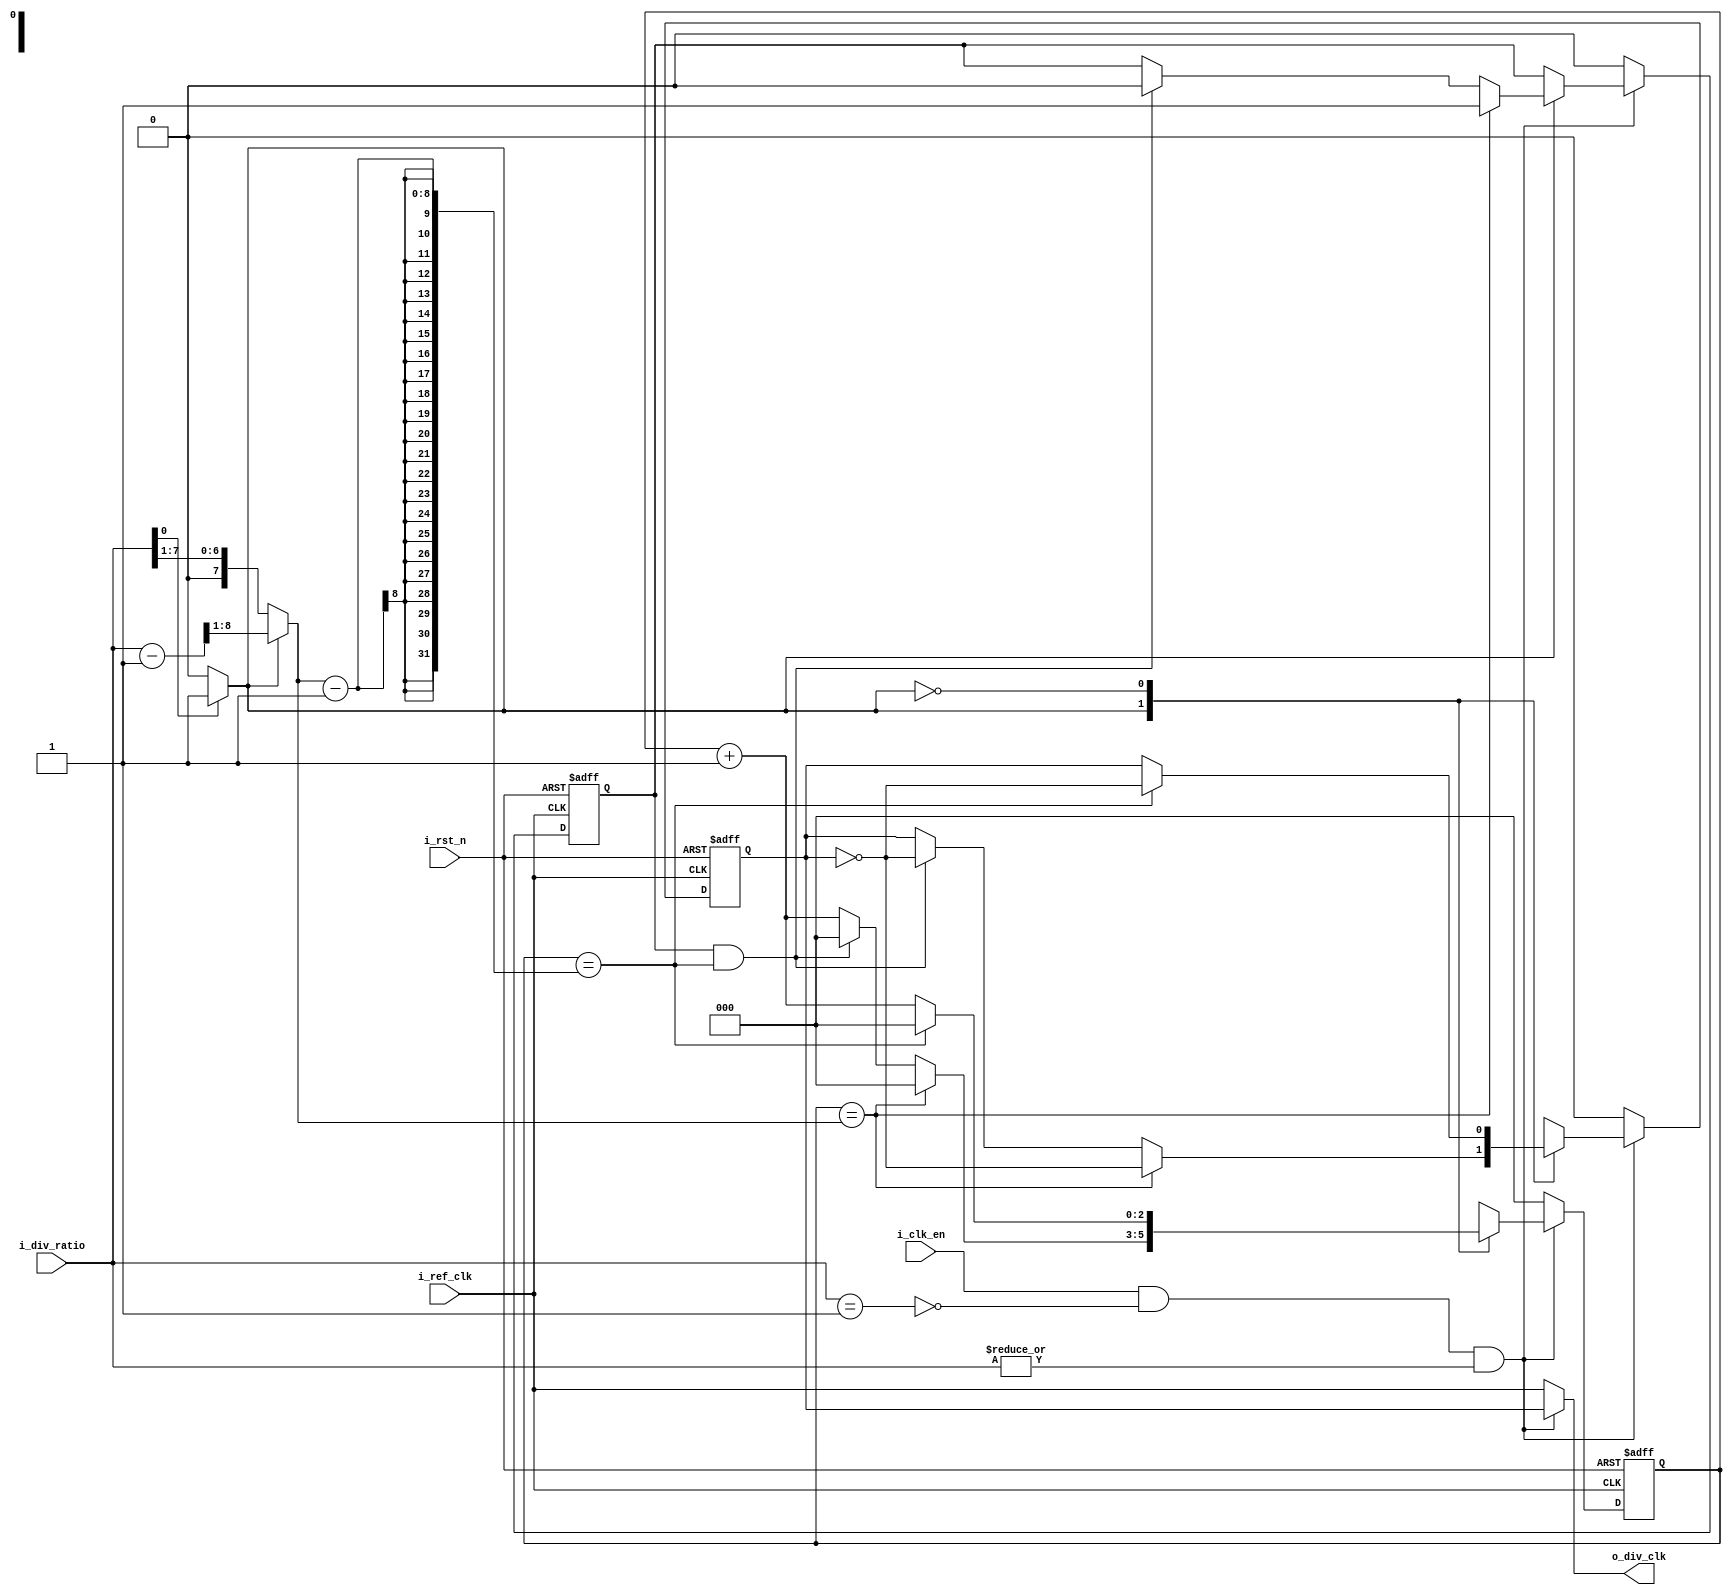
`timescale 1ns / 1ps
//////////////////////////////////////////////////////////////////////////////////
// Company: 
// Engineer: 
// 
// Design Name: 
// Module Name: clock_divider
// Project Name: 
// Target Devices: 
// Tool Versions: 
// Description: 
// 
// Dependencies: 
// 
// Revision:
// Revision 0.01 - File Created
// Additional Comments:
// 
//////////////////////////////////////////////////////////////////////////////////


module ClkDiv#(parameter div_bits=8)(
input   i_ref_clk,
input   i_rst_n,
input   i_clk_en,
input  [div_bits-1:0] i_div_ratio,
output       o_div_clk
    );
    
 reg [2:0] counter=3'b000;
 reg flag;  //used in odd division to indicate the end of low clk period
 wire [div_bits-1:0] temp;
 wire state;
 wire is_one,is_zero,clk_en;
 reg div_clk;

 
 always@(posedge i_ref_clk or negedge i_rst_n)
 begin
    if(!i_rst_n)
    begin
        div_clk<=0;
        counter<=0;
        flag<=0;
    end
    else
    begin
            if(clk_en)
            begin
            case(state)
            1'b1: begin         //odd divider state
                        if(counter==temp)
                        begin
                        div_clk<=~div_clk;
                        counter<=3'b000;
                        flag<=1;
                        end
                        else if(flag && (counter==temp-1))
                        begin
                        div_clk<=~div_clk;
                        counter<=0;
                        flag<=0;
                        end
                        else
                        begin
                        div_clk<=div_clk;
                        counter<=counter+1;
                        flag<=flag;
                        end
                     end
             1'b0:begin         //even divider state
                         if(counter==temp-1)
                            begin
                            div_clk<=~div_clk;
                            counter<=3'b000;
                            end
                            else
                            begin
                            div_clk<=div_clk;
                            counter<=counter+1;
                            end            
                  end 
             default:      div_clk<=div_clk;      
            endcase
            end  
            else   // if not clock enable
            begin
            counter<=0;
            div_clk<=0;
            flag<=0;
            end            
    end          
 end
    
assign state = (i_div_ratio[0])?1'b1:1'b0;    //state=1 stands for odd division & state=0 stands for even division
assign temp = (state)?((i_div_ratio-1)>>1):(i_div_ratio>>1);
assign is_one  = (i_div_ratio == 1'b1) ;   //check division ratio=1
assign is_zero = ~|i_div_ratio ;           //check_division ratio=0
assign clk_en = i_clk_en & !is_one & !is_zero;
assign o_div_clk = clk_en ? div_clk : i_ref_clk ;      
endmodule